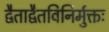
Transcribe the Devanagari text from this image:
द्वैताद्वैतविनिर्मुक्तः